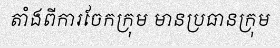
តាំងពីការចែកក្រុម មានប្រធានក្រុម